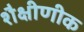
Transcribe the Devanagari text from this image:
शैक्षीणीक